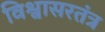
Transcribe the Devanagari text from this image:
विश्वासरतंत्र